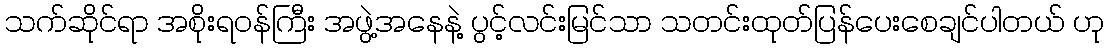
သက်ဆိုင်ရာ အစိုးရဝန်ကြီး အဖွဲ့အနေနဲ့ ပွင့်လင်းမြင်သာ သတင်းထုတ်ပြန်ပေးစေချင်ပါတယ် ဟု